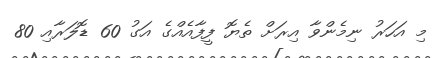
މި އަހަރު ނިމެންވާ އިރަށް ތެޔޮ ފީފާއެއްގެ އަގު 60 ޑޮލަރާއި 80